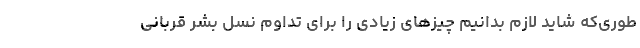
طوری‌که شاید لازم بدانیم چیزهای زیادی را برای تداوم نسل بشر قربانی